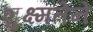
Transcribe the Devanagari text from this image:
शुक्ष्मतेने